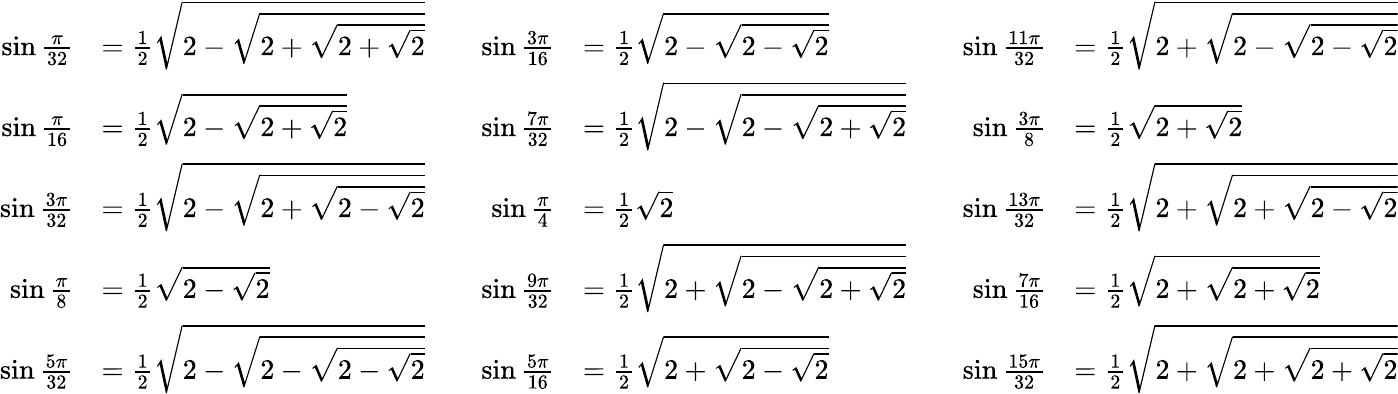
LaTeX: {\begin{array}{rlrlrl}{\sin{\frac{\pi}{32}}}&{={\frac{1}{2}}{\sqrt{2-{\sqrt{2+{\sqrt{2+{\sqrt{2}}}}}}}}}&{\quad\sin{\frac{3\pi}{16}}}&{={\frac{1}{2}}{\sqrt{2-{\sqrt{2-{\sqrt{2}}}}}}}&{\quad\sin{\frac{11\pi}{32}}}&{={\frac{1}{2}}{\sqrt{2+{\sqrt{2-{\sqrt{2-{\sqrt{2}}}}}}}}}\\ {\sin{\frac{\pi}{16}}}&{={\frac{1}{2}}{\sqrt{2-{\sqrt{2+{\sqrt{2}}}}}}}&{\quad\sin{\frac{7\pi}{32}}}&{={\frac{1}{2}}{\sqrt{2-{\sqrt{2-{\sqrt{2+{\sqrt{2}}}}}}}}}&{\quad\sin{\frac{3\pi}{8}}}&{={\frac{1}{2}}{\sqrt{2+{\sqrt{2}}}}}\\ {\sin{\frac{3\pi}{32}}}&{={\frac{1}{2}}{\sqrt{2-{\sqrt{2+{\sqrt{2-{\sqrt{2}}}}}}}}}&{\quad\sin{\frac{\pi}{4}}}&{={\frac{1}{2}}{\sqrt{2}}}&{\quad\sin{\frac{13\pi}{32}}}&{={\frac{1}{2}}{\sqrt{2+{\sqrt{2+{\sqrt{2-{\sqrt{2}}}}}}}}}\\ {\sin{\frac{\pi}{8}}}&{={\frac{1}{2}}{\sqrt{2-{\sqrt{2}}}}}&{\quad\sin{\frac{9\pi}{32}}}&{={\frac{1}{2}}{\sqrt{2+{\sqrt{2-{\sqrt{2+{\sqrt{2}}}}}}}}}&{\quad\sin{\frac{7\pi}{16}}}&{={\frac{1}{2}}{\sqrt{2+{\sqrt{2+{\sqrt{2}}}}}}}\\ {\sin{\frac{5\pi}{32}}}&{={\frac{1}{2}}{\sqrt{2-{\sqrt{2-{\sqrt{2-{\sqrt{2}}}}}}}}}&{\quad\sin{\frac{5\pi}{16}}}&{={\frac{1}{2}}{\sqrt{2+{\sqrt{2-{\sqrt{2}}}}}}}&{\quad\sin{\frac{15\pi}{32}}}&{={\frac{1}{2}}{\sqrt{2+{\sqrt{2+{\sqrt{2+{\sqrt{2}}}}}}}}}\end{array}}